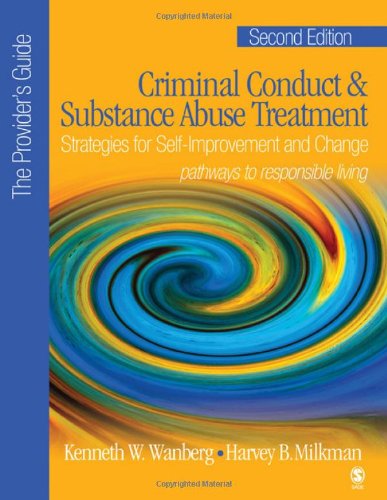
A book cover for Criminal Conduct and Substance Abuse Treatment - The Provider's Guide: Strategies for Self-Improvement and Change; Pathways to Responsible Living; Kenneth W. (Wayne) Wanberg; Health, Fitness & Dieting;